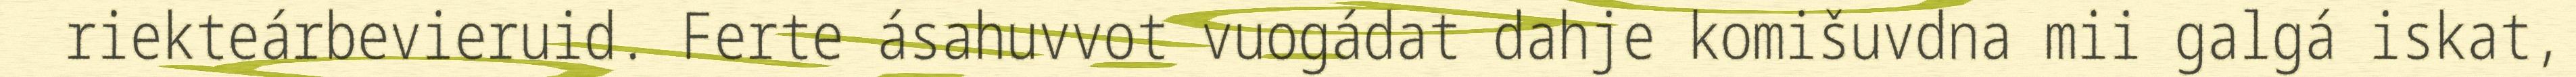
riekteárbevieruid. Ferte ásahuvvot vuogádat dahje komišuvdna mii galgá iskat,